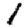
Digit: 1